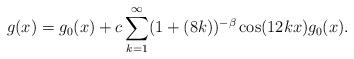
LaTeX: \begin{align*}g(x) = g_0(x) + c \sum_{k=1}^{\infty} (1+(8k))^{-\beta} \cos (12kx) g_0(x).\end{align*}